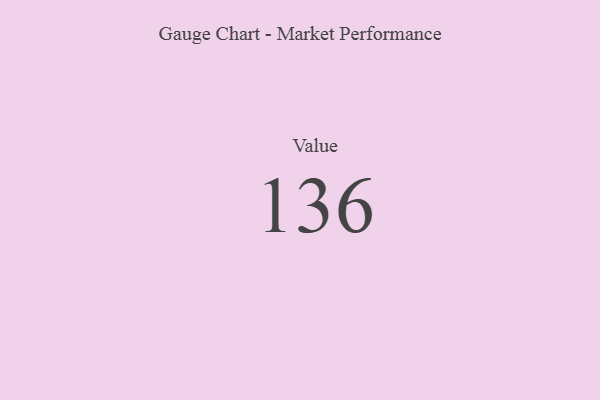
{"axis": {"x": "Metric", "y": "Value"}, "legend": [""], "data": [{"x": "Value", "y": 136, "type": ""}]}